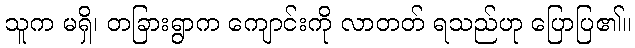
သူက မရှိ၊ တခြားရွာက ကျောင်းကို လာတတ် ရသည်ဟု ပြောပြ၏။